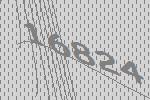
16824